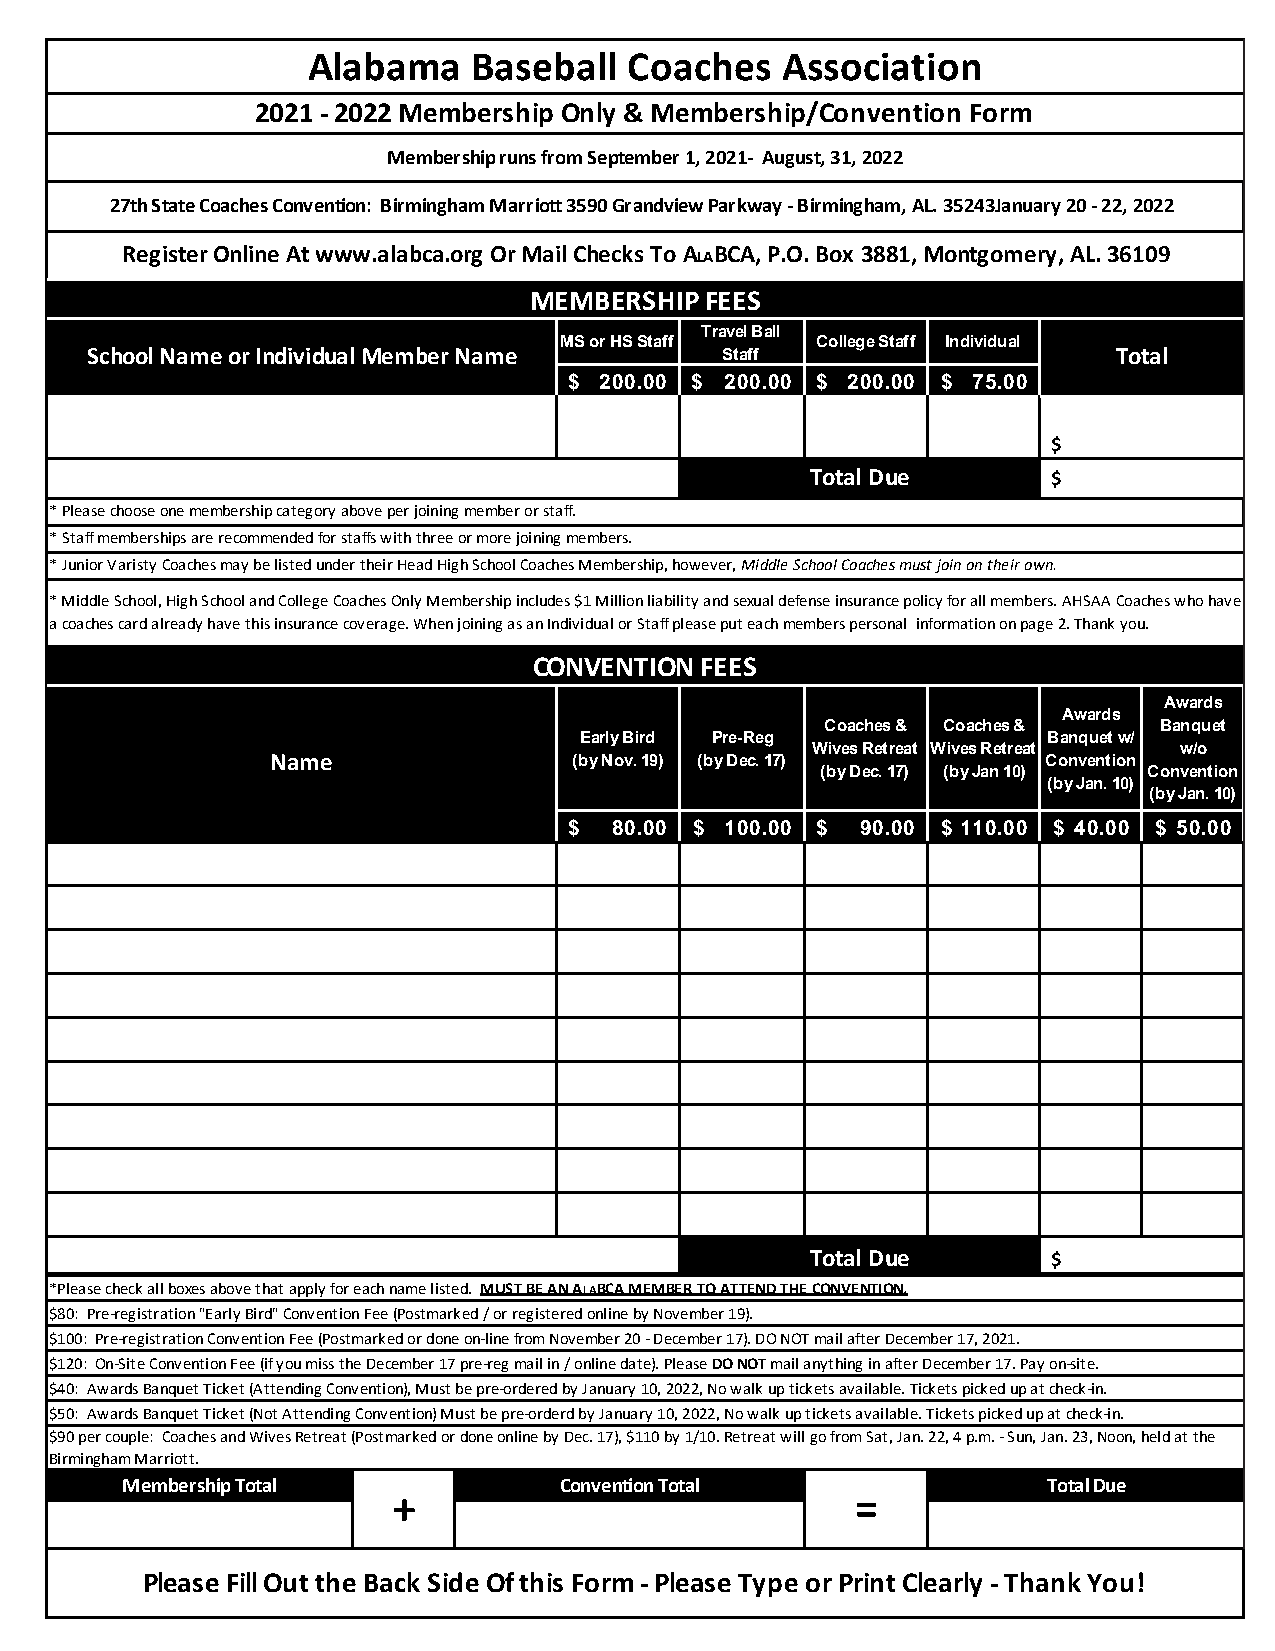
Alabama    Baseball   Coaches   Association
 2021 - 2022 Membership Only & Membership/Convention Form
 Membership runs from September 1, 2021- August, 31, 2022
 27th State Coaches Convention: Birmingham Marriott 3590 Grandview Parkway - Birmingham, AL. 35243January 20 - 22, 2022
 Register Online At www.alabca.org Or Mail Checks To ALABCA, P.O. Box 3881, Montgomery, AL. 36109
 MEMBERSHIP  FEES
 Travel Ball
 MS or HS Staff   College Staff Individual
 School Name or Individual Member Name     Staff                     Total
 $ 2 00.00 $ 200.00 $ 2 00.00 $ 7 5.00
 $
 Total Due       $
 * Please choose one membership category above per joining member or staff.
 * Staff memberships are recommended for staffs with three or more joining members.
 * Junior Varisty Coaches may be listed under their Head High School Coaches Membership, however, Middle School Coaches must join on their own.
 * Middle School, High School and College Coaches Only Membership includes $1 Million liability and sexual defense insurance policy for all members. AHSAA Coaches who have
 a coaches card already have this insurance coverage. When joining as an Individual or Staff please put each members personal information on page 2. Thank you.
 CONVENTION FEES
 Awards
 Awards
 Coaches & Coaches &   Banquet
 Early Bird Pre-Reg             Banquet w/
 Wives Retreat Wives Retreat w/o
 Name                (by Nov. 19) (by Dec. 17)      Convention
 (by Dec. 17) (by Jan 10) Convention
 (by Jan. 10)
 (by Jan. 10)
 $ 8 0.00 $ 1 00.00 $ 9 0.00 $ 1 10.00 $ 40.00 $ 50.00
 Total Due       $
 *Please check all boxes above that apply for each name listed. MUST BE AN ALABCA MEMBER TO ATTEND THE CONVENTION.
 $80: Pre-registration "Early Bird" Convention Fee (Postmarked / or registered online by November 19).
 $100: Pre-registration Convention Fee (Postmarked or done on-line from November 20 - December 17). DO NOT mail after December 17, 2021.
 $120: On-Site Convention Fee (if you miss the December 17 pre-reg mail in / online date). Please DO NOT mail anything in after December 17. Pay on-site.
 $40: Awards Banquet Ticket (Attending Convention), Must be pre-ordered by January 10, 2022, No walk up tickets available. Tickets picked up at check-in.
 $50: Awards Banquet Ticket (Not Attending Convention) Must be pre-orderd by January 10, 2022, No walk up tickets available. Tickets picked up at check-in.
 $90 per couple: Coaches and Wives Retreat (Postmarked or done online by Dec. 17), $110 by 1/10. Retreat will go from Sat, Jan. 22, 4 p.m. - Sun, Jan. 23, Noon, held at the
 Birmingham Marriott.
 Membership Total             Convention Total                Total Due
 +                              =
 Please Fill Out the Back Side Of this Form - Please Type or Print Clearly - Thank You!